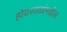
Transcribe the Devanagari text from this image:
होयसाळांमधील